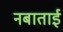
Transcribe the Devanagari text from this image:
नबाताई